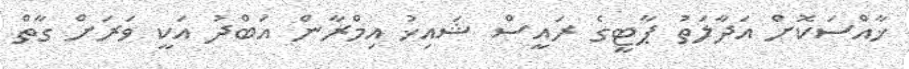
ޚާއްސަކޮށް އަދާލަތު ޕާޓީގެ ރައީސް ޝައިޚު އިމްރާން އަބްދު އަކީ ވަރަށް ގާތް